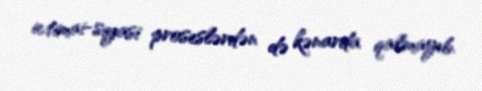
ictimai-siyasi proseslərdən də kənarda qalmayıb.